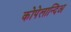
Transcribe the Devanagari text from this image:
कोपेलान्दिअ